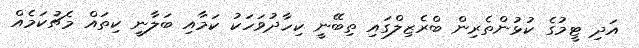
އަދި ޓީމުގެ ކުޅުންތެރިން ބްރެޒިލްގައި ތިބޭނީ ކިހާދުވަހަކު ކަމާއި ބަލާނީ ކިތައް މެޗުކަމެއް